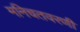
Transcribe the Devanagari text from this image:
मनिचतवरणी